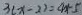
3 ( x - 2 ) = 4 x - 5